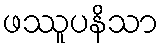
ဖဿူပနိသာ